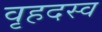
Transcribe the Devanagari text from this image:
वृहदस्व